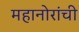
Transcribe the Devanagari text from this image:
महानोरांची